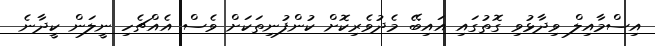
އިސްމާއިލް ވިދާޅުވި ގޮތުގައި އައިބޭ މެދުވެރިކޮށް ކުންފުނިތަކަށް ވެސް އެއްޗެހި ނީލަން ކީދާނެ